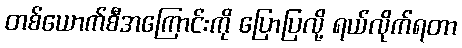
တစ်ယောက်စီအကြောင်းကို ပြောပြလို့ ရယ်လိုက်ရတာ